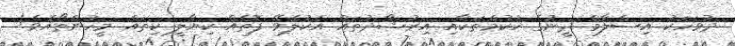
ދުވަހަކު އިސްލާމް ދީނުގެ ހުކުމްތަކާއި އިރުޝާދުތައް އެކުލެވޭ ފޮތެއް ކިޔާލީ ކިތައް މީހުންތޯއެވެ!